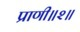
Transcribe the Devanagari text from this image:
प्राणी॥२॥